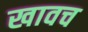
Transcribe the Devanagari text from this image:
खावच